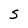
Character: S